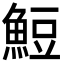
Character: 䱏